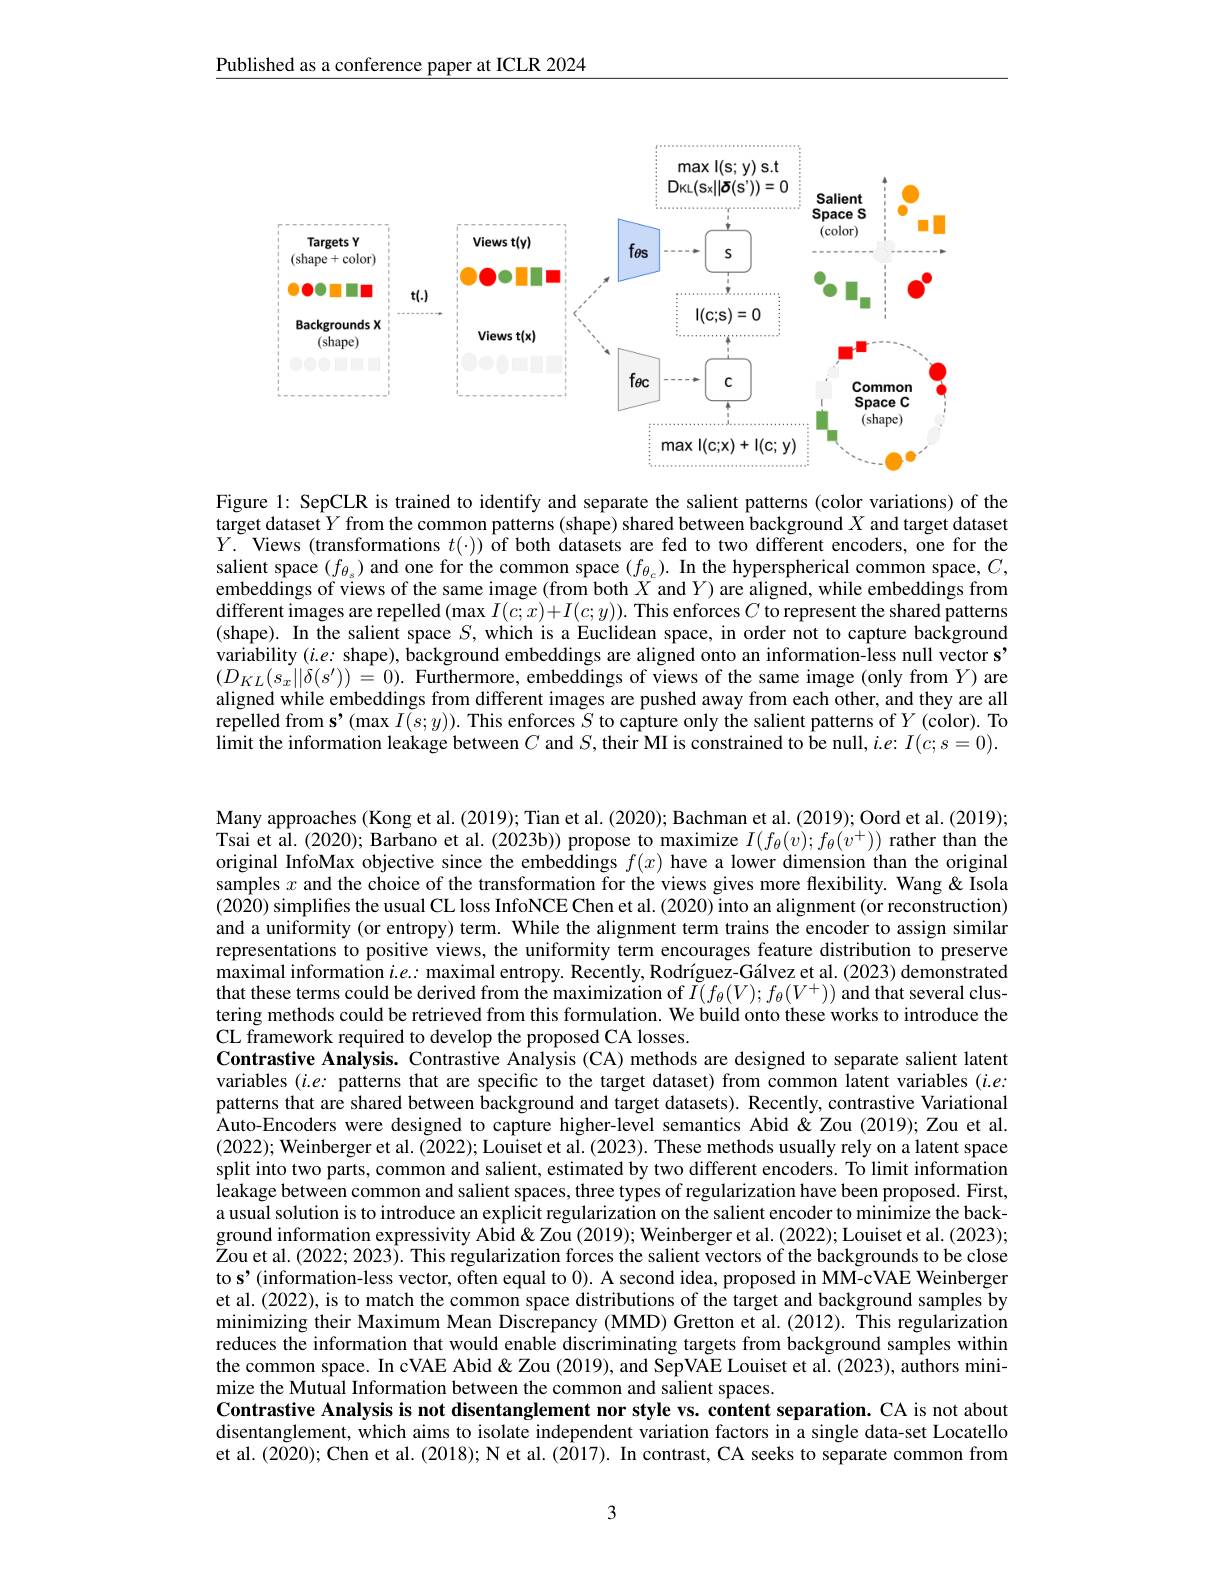
Published as a conference paper at ICLR 2024

<FigureHere>

Figure 1: SepCLR is trained to identify and separate the salient patterns (color variations) of the target dataset$Y$ from the common patterns (shape) shared between background $X$ and target dataset $Y.$ Views (transformations $t(\cdot))$ of both datasets are fed to two different encoders, one for the salient space $(f_{\theta_s})$ and one for the common space $(f_{\theta_c}).$ In the hyperspherical common space, $C$, embeddings of views of the same image (from both $X$ and $Y)$ are aligned, while embeddings from different images are repelled $(\max I(c;x)+I(c;y)).$ This enforces $C$ to represent the shared patterns (shape). In the salient space $S$, which is a Euclidean space, in order not to capture background variability $(i.e:$ shape), background embeddings are aligned onto an information-less null vector s' $(D_{KL}(s_{x}||\delta(s^{\prime}))=0).$ Furthermore, embeddings of views of the same image (only from $Y)$ are aligned while embeddings from different images are pushed away from each other, and they are all $\tilde{\text{repelled from s'}}(\max I(s;y)).$ This enforces $\tilde S$ to capture only the salient patterns of $Y$ (color). To limit the information leakage between $C$ and $S$, their MI is constrained to be null, $i.e:I(c;s=0).$

Many approaches (Kong et al. (2019); Tian et al. (2020); Bachman et al. (2019); Oord et al. (2019); Tsai et al. (2020); Barbano et al. (2023b)) propose to maximize $I(f_\theta(v);f_\theta(v^+))$ rather than the original InfoMax objective since the embeddings $f(x)$ have a lower dimension than the original samples $x$ and the choice of the transformation for the views gives more flexibility. Wang & Isola (2020) simplifies the usual CL loss InfoNCE Chen et al. (2020) into an alignment (or reconstruction) and a uniformity (or entropy) term. While the alignment term trains the encoder to assign similar representations to positive views, the uniformity term encourages feature distribution to preserve maximal information $i.e.:$ maximal entropy. Recently, Rodríguez-Gálvez et al. (2023) demonstrated that these terms could be derived from the maximization of $\tilde{I}(f_\theta(V);f_\theta(V^+))$ and that several clustering methods could be retrieved from this formulation. We build onto these works to introduce the CL framework required to develop the proposed CA losses.
Contrastive Analysis. Contrastive Analysis (CA) methods are designed to separate salient latent variables $(i.e:$ patterns that are specific to the target dataset) from common latent variables $(i.e:$ patterns that are shared between background and target datasets). Recently, contrastive Variational Auto-Encoders were designed to capture higher-level semantics Abid &Zou (2019); Zou et al. (2022); Weinberger et al. (2022); Louiset et al. (2023). These methods usually rely on a latent space split into two parts, common and salient, estimated by two different encoders. To limit information $\hat{\text{leakage between common and salient spaces, three types of regularization have been proposed. First,}}$ a usual solution is to introduce an explicit regularization on the salient encoder to minimize the background information expressivity Abid& Zou (2019); Weinberger et al. (2022); Louiset et al. (2023); $\tilde{\text{Zou et al.(2022; 2023). This regularization forces the salient vectors of the backgrounds to be close}}$ to s'(information-less vector, often equal to 0). A second idea, proposed in MM-cVAE Weinberger et al.(2022), is to match the common space distributions of the target and background samples by minimizing their Maximum Mean Discrepancy (MMD) Gretton et al. (2012). This regularization reduces the information that would enable discriminating targets from background samples within the common space. In cVAE Abid & Zou (2019), and SepVAE Louiset et al. (2023), authors minimize the Mutual Information between the common and salient spaces.
Contrastive Analysis is not disentanglement nor style vs. content separation. CA is not about disentanglement, which aims to isolate independent variation factors in a single data-set Locatello et al. (2020); Chen et al. (2018); N et al. (2017). In contrast, CA seeks to separate common from

3